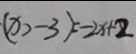
( x > - 3 ) = - 2 x + 2